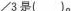
∠3是()